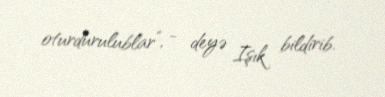
oturdurulublar”, - deyə Işık bildirib.